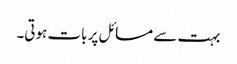
بہت سے مسائل پر بات ہوتی۔